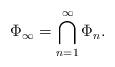
LaTeX: \begin{align*}\Phi_\infty =\bigcap _{n=1}^\infty \Phi_{n}.\end{align*}